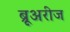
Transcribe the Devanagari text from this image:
ब्रूअरीज